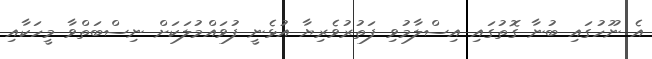
އެ ނޫހުގައި ބުނާ ގޮތުގައި އިސްލާމުވި ފަތުރުވެރިޔާ އުޅެނީ ފުވައްމުލަކަށް ނިސްބަތްވާ މީހަކާއި